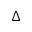
\Delta